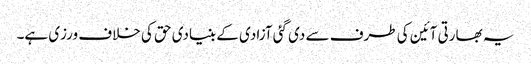
یہ بھارتی آئین کی طرف سے دی گئی آزادی کے بنیادی حق کی خلاف ورزی ہے۔